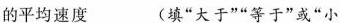
的平均速度__(填”大于””等于”或”小